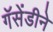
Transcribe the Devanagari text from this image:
गॅसेंडीने